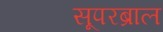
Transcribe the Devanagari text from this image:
सूपरब्राल